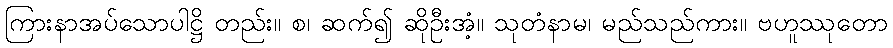
ကြားနာအပ်သောပါဋ္ဌိ တည်း။ စ၊ ဆက်၍ ဆိုဦးအံ့။ သုတံနာမ၊ မည်သည်ကား။ ဗဟူဿုတော